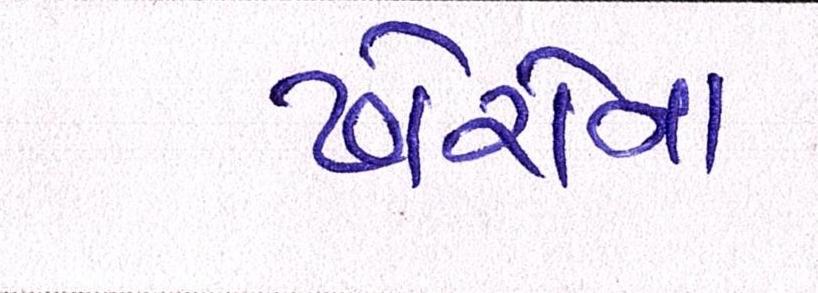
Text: ઢોરોના